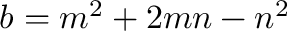
b = m ^ { 2 } + 2 m n - n ^ { 2 }